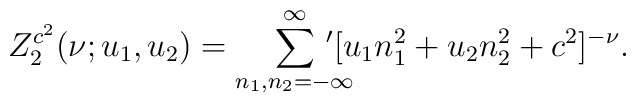
Z_2^{c^2}(\nu;u_1,u_2)={\sum_{n_{1},n_{2}=-\infty}^{\infty}\!\!\!\!\!\!^{\prime}}[u_1 n_{1}^2+u_2 n_{2}^2+c^2]^{-\nu}.